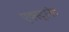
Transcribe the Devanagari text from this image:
एक्स्ट्रानेट